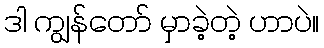
ဒါ ကျွန်တော် မှာခဲ့တဲ့ ဟာပဲ။